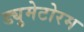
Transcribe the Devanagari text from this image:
ड्युमेटोरम